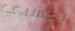
بجسدي